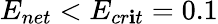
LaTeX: E_{net}<E_{cr\mathbf{i}t}=0.1